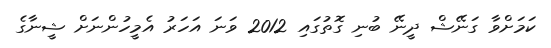
ކަމަށްވާ ގަނޭޝް ދީނޭ ބުނި ގޮތުގައި 2012 ވަނަ އަހަރު އެމީހުންނަށް ޝީނާގެ